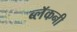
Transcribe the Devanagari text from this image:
ब्लॅकनी